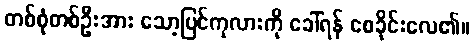
တစ်စုံတစ်ဦးအား သော့ပြင်ကုလားကို ခေါ်ရန် စေခိုင်းလေ၏။